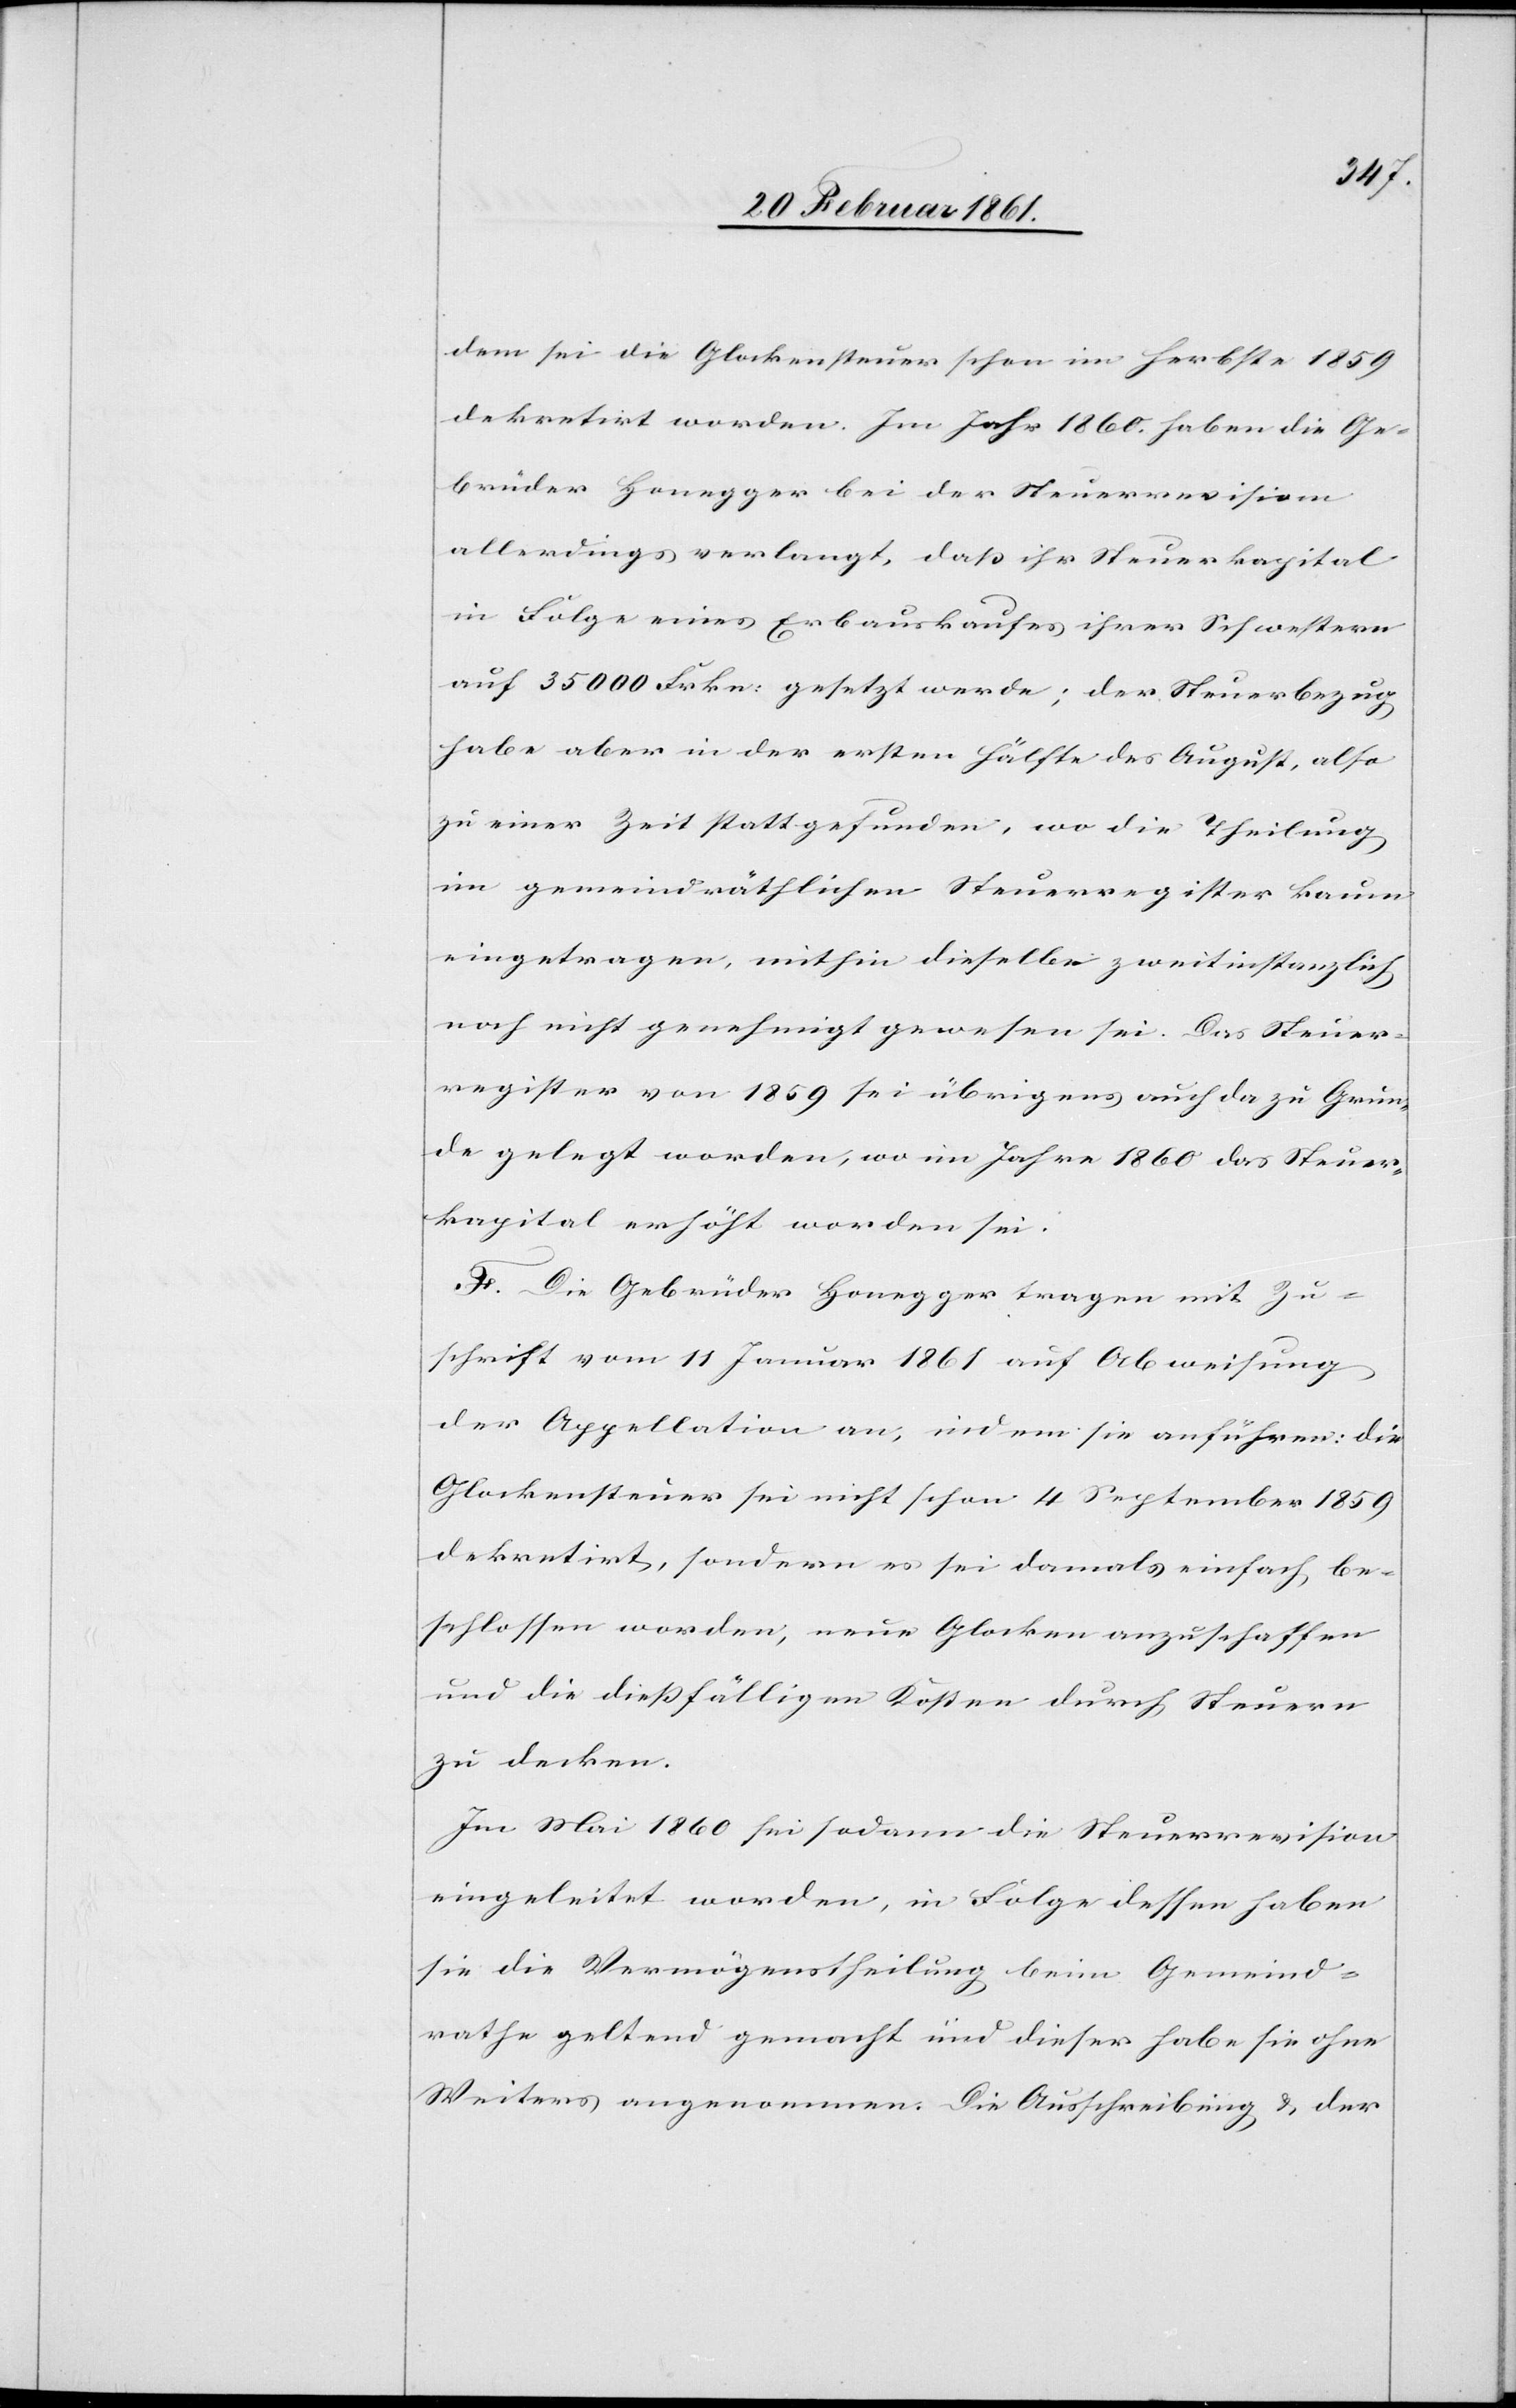
dem sei die Glockensteuer schon im Herbste 1859
dekretirt worden. Im Jahr 1860 haben die Ge¬
brüder Honegger bei der Steuerrevision
allerdings verlangt, daß ihr Steuerkapital
in Folge eines Erbauskaufes ihrer Schwestern
auf 35 000 Frkn. gesetzt werde; der Steuerbezug
habe aber in der ersten Hälfte des August, also
zu einer Zeit stattgefunden, wo die Theilung
im gemeindräthlichen Steuerregister kaum
eingetragen, mithin dieselbe zweitinstanzlich
noch nicht genehmigt gewesen sei. Das Steuer¬
register von 1859 sei übrigens auch da zu Grun¬
de gelegt worden, wo im Jahre 1860 das Steuer¬
kapital erhöht worden sei.
F. Die Gebrüder Honegger tragen mit Zu¬
schrift vom 11. Januar 1861 auf Abweisung
der Appellation an, indem sie anführen: die
Glockensteuer sei nicht schan [sic!] 4. September 1859
dekretirt, sondern es sei damals einfach be¬
schlossen worden, neue Glocken anzuschaffen
und die diessfälligen Kosten durch Steuern
zu decken.
Im Mai 1860 sei sodann die Steuerrevision
eingeleitet worden, in Folge dessen haben
sie die Vermögenstheilung beim Gemeind¬
rathe geltend gemacht und dieser habe sie ohne
Weiters angenommen. Die Ausschreibung u. der